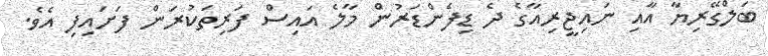
ބަލްގޭރިޔާ އާއި ނައިޖީރިއާގެ ދެ ޑިފެންޑަރުން މާލެ އައިސް ފަރިތަކުރަން ފަށައިފި އެވެ.